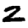
Digit: 2